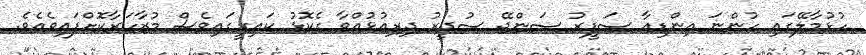
ހުޅުމާލޭގައި ހުންނަ އިންޑިއާ ސަފީރު ސަންޖޭ ސުދީރު ދިރިއުޅުއްވާ ގެކޮޅު ކައިރީގައިވެސް މުޒާހަރާކޮށްފައިވެއެވެ.